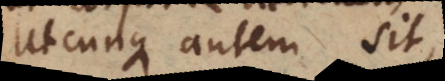
Utcunque autem sit,